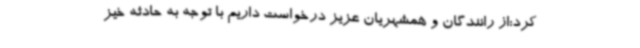
کرد:از رانندگان و همشهریان عزیز درخواست داریم با توجه به حادثه خیز